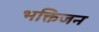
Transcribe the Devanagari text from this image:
भक्तिजन